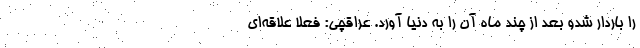
را باردار شدو بعد از چند ماه آن را به دنیا آورد. عراقچی: فعلا علاقه‌ای